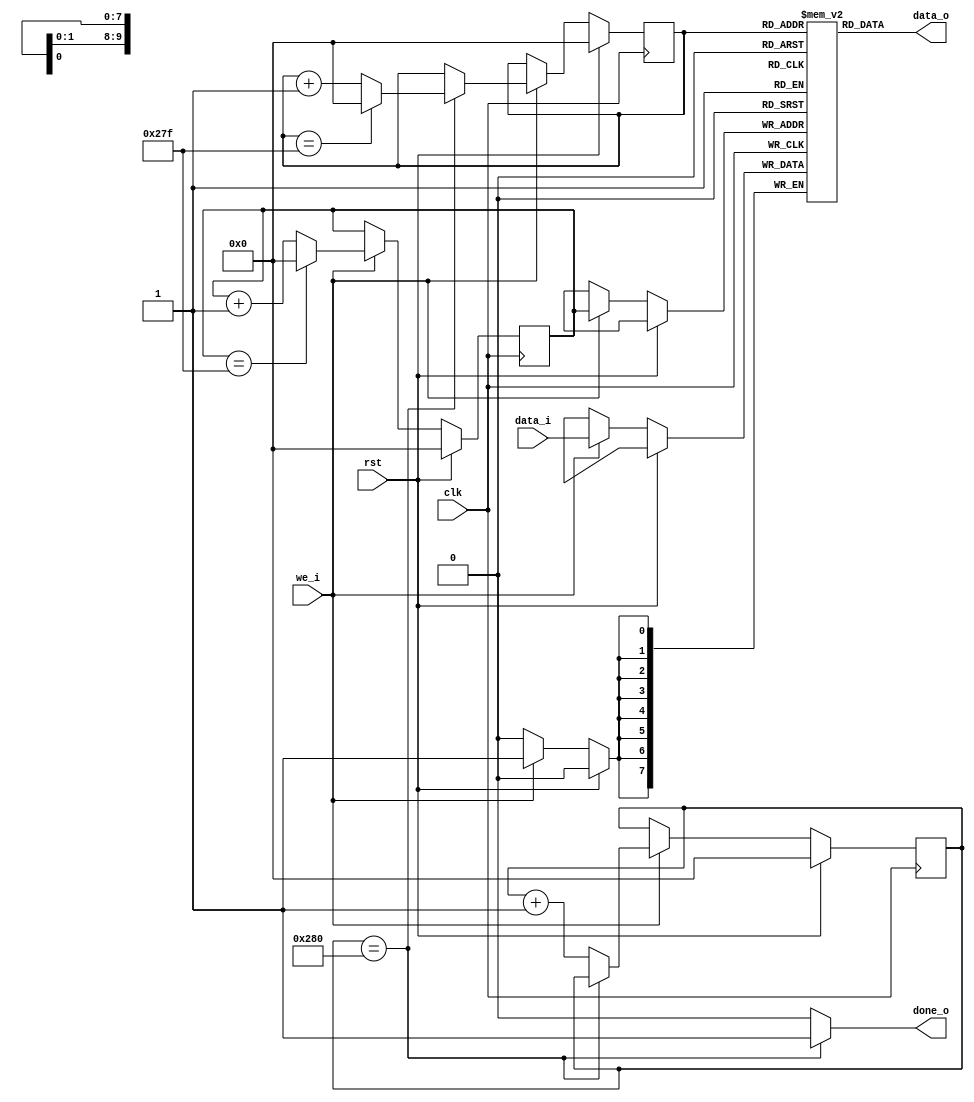
`timescale 1ns / 1ps
//////////////////////////////////////////////////////////////////////////////////
// Company: 
// Engineer: 
// 
// Design Name: 
// Module Name: fifo_single_line_buffer
// Project Name: 
// Target Devices: 
// Tool Versions: 
// Description: 
// 
// Dependencies: 
// 
// Revision:
// Revision 0.01 - File Created
// Additional Comments:
// 
//////////////////////////////////////////////////////////////////////////////////


module fifo_single_line_buffer(
    input clk,
    input rst,
    
    input we_i,
    input [7:0] data_i,
    
    output [7:0] data_o,
    output done_o
    );

    parameter DEPTH = 640;
    reg [7:0] mem [0:DEPTH-1]; 
    reg [9:0] wr_pointer;               //2^9 <640 <2^10 therefore need 10 bits
    reg [9:0] rd_pointer;
    
    reg [9:0] iCounter;

    assign done_o = (iCounter == DEPTH) ? 1 : 0;
    assign data_o = mem[rd_pointer];

    //---------------Icounter---------------------
    always @(posedge clk) begin
        if (rst) begin
            iCounter <= 0;
        end else begin
            if(we_i == 1) begin
                iCounter <= (iCounter == DEPTH) ? iCounter : iCounter + 1;
            end
        end
    end

    //-------------write process------------------
    always @(posedge clk ) begin
        if (rst) begin
            wr_pointer <= 0;
        end else begin
            if(we_i == 1) begin
                mem[wr_pointer] <= data_i;
                wr_pointer <= (wr_pointer == DEPTH - 1) ? 0 : wr_pointer + 1;
            end
        end
    end

    //-------------read process------------------
    always @(posedge clk ) begin
        if(rst) begin
            rd_pointer <= 0; 
        end else begin
            if(we_i == 1) begin
                if(iCounter == DEPTH) begin // wait until the fifo is full to begin reading
                    rd_pointer <= (rd_pointer == DEPTH - 1)? 0 : rd_pointer + 1;
                end 
            end
        end
    end
endmodule